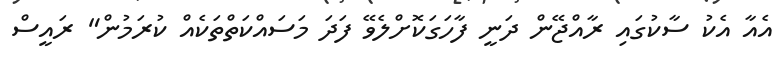
އެއާ އެކު ސާކުގައި ރާއްޖޭން ދަނީ ފާހަގަކޮށްލެވޭ ފަދަ މަސައްކަތްތަކެއް ކުރަމުން" ރައީސް